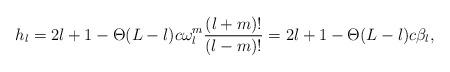
LaTeX: \begin{align*}h_l=2l+1-\Theta(L-l)c\omega_l^m\frac{(l+m)!}{(l-m)!}=2l+1-\Theta(L-l)c\beta_l,\end{align*}